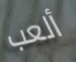
ألعب